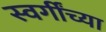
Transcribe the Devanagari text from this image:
स्वर्गींच्या